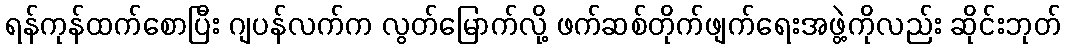
ရန်ကုန်ထက်စောပြီး ဂျပန်လက်က လွတ်မြောက်လို့ ဖက်ဆစ်တိုက်ဖျက်ရေးအဖွဲ့ကိုလည်း ဆိုင်းဘုတ်